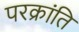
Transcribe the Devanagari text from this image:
परक्रांति